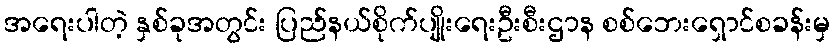
အရေးပါတဲ့ နှစ်ခုအတွင်း ပြည်နယ်စိုက်ပျိုးရေးဦးစီးဌာန စစ်ဘေးရှောင်စခန်းမှ